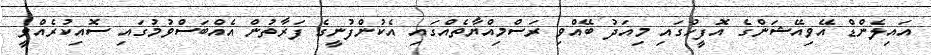
އައިލެންޑް އޭވިއޭޝަންގެ އޮފީހުގައި މިއަދު ބޭއްވި ރަސްމިއްޔާތެއްގައި އެކުންފުނީގެ ފަރާތުން އެއްބަސްވުމުގައި ސޮއިކުރެއްވީ